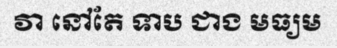
វា នៅតែ ទាប ជាង មធ្យម